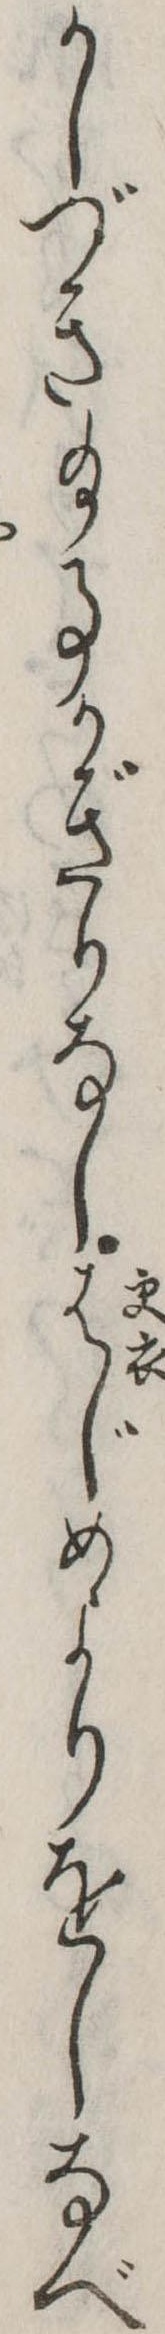
かしづき給事かぎりなしはじめよりをしなべ